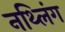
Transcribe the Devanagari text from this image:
नथ्लिंग